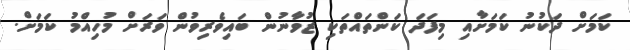
ކަމަށް ދަކުނު ކަމަށާއި މިފަދަ ކަންތައްތަކި ޒުވާނުން ބައިވެރިވުން ވަރަށް މުހިއްމު ކަމަށް.